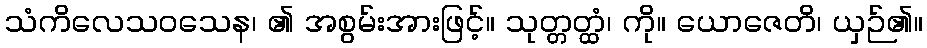
သံကိလေသဝသေန၊ ၏ အစွမ်းအားဖြင့်။ သုတ္တတ္ထံ၊ ကို။ ယောဇေတိ၊ ယှဉ်၏။